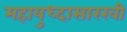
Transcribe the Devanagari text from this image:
महायुध्दासारखी